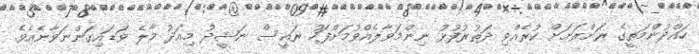
ހައްދުންމަތީގެ ރަށްރަށަށް ކުރެއްވި ދަތުރުފުޅު ނިންމަވާލެއްވުމަށްފަހު ރައީސް ނަޝީދު މިއަދު މާލެ ވަޑައިގަންނަވާނެއެވެ.